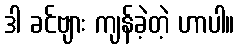
ဒါ ခင်ဗျား ကျန်ခဲ့တဲ့ ဟာပါ။